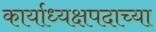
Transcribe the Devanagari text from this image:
कार्याध्यक्षपदाच्या